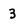
Character: 3